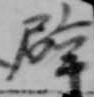
辟